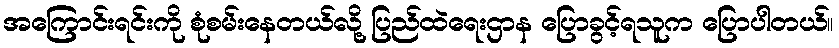
အကြောင်းရင်းကို စုံစမ်းနေတယ်လို့ ပြည်ထဲရေးဌာန ပြောခွင့်ရသူက ပြောပါတယ်။